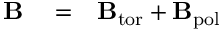
\begin{array} { r l r } { { \bf { B } } } & { { } = } & { { \bf { B } } _ { \mathrm { { t o r } } } + { \bf { B } } _ { \mathrm { { p o l } } } } \end{array}